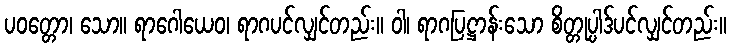
ပဝတ္တော၊ သော။ ရာဂေါယေဝ၊ ရာဂပင်လျှင်တည်း။ ဝါ၊ ရာဂပြဋ္ဌာန်းသော စိတ္တုပ္ပါဒ်ပင်လျှင်တည်း။